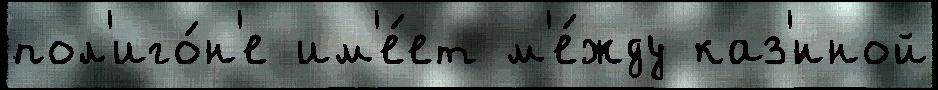
пол'иго́н'е им'е́ет м'е́жду каз'́нной